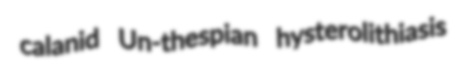
calanid Un-thespian hysterolithiasis